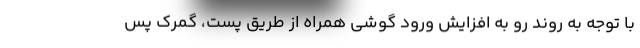
با توجه به روند رو به افزایش ورود گوشی همراه از طریق پست، گمرک پس